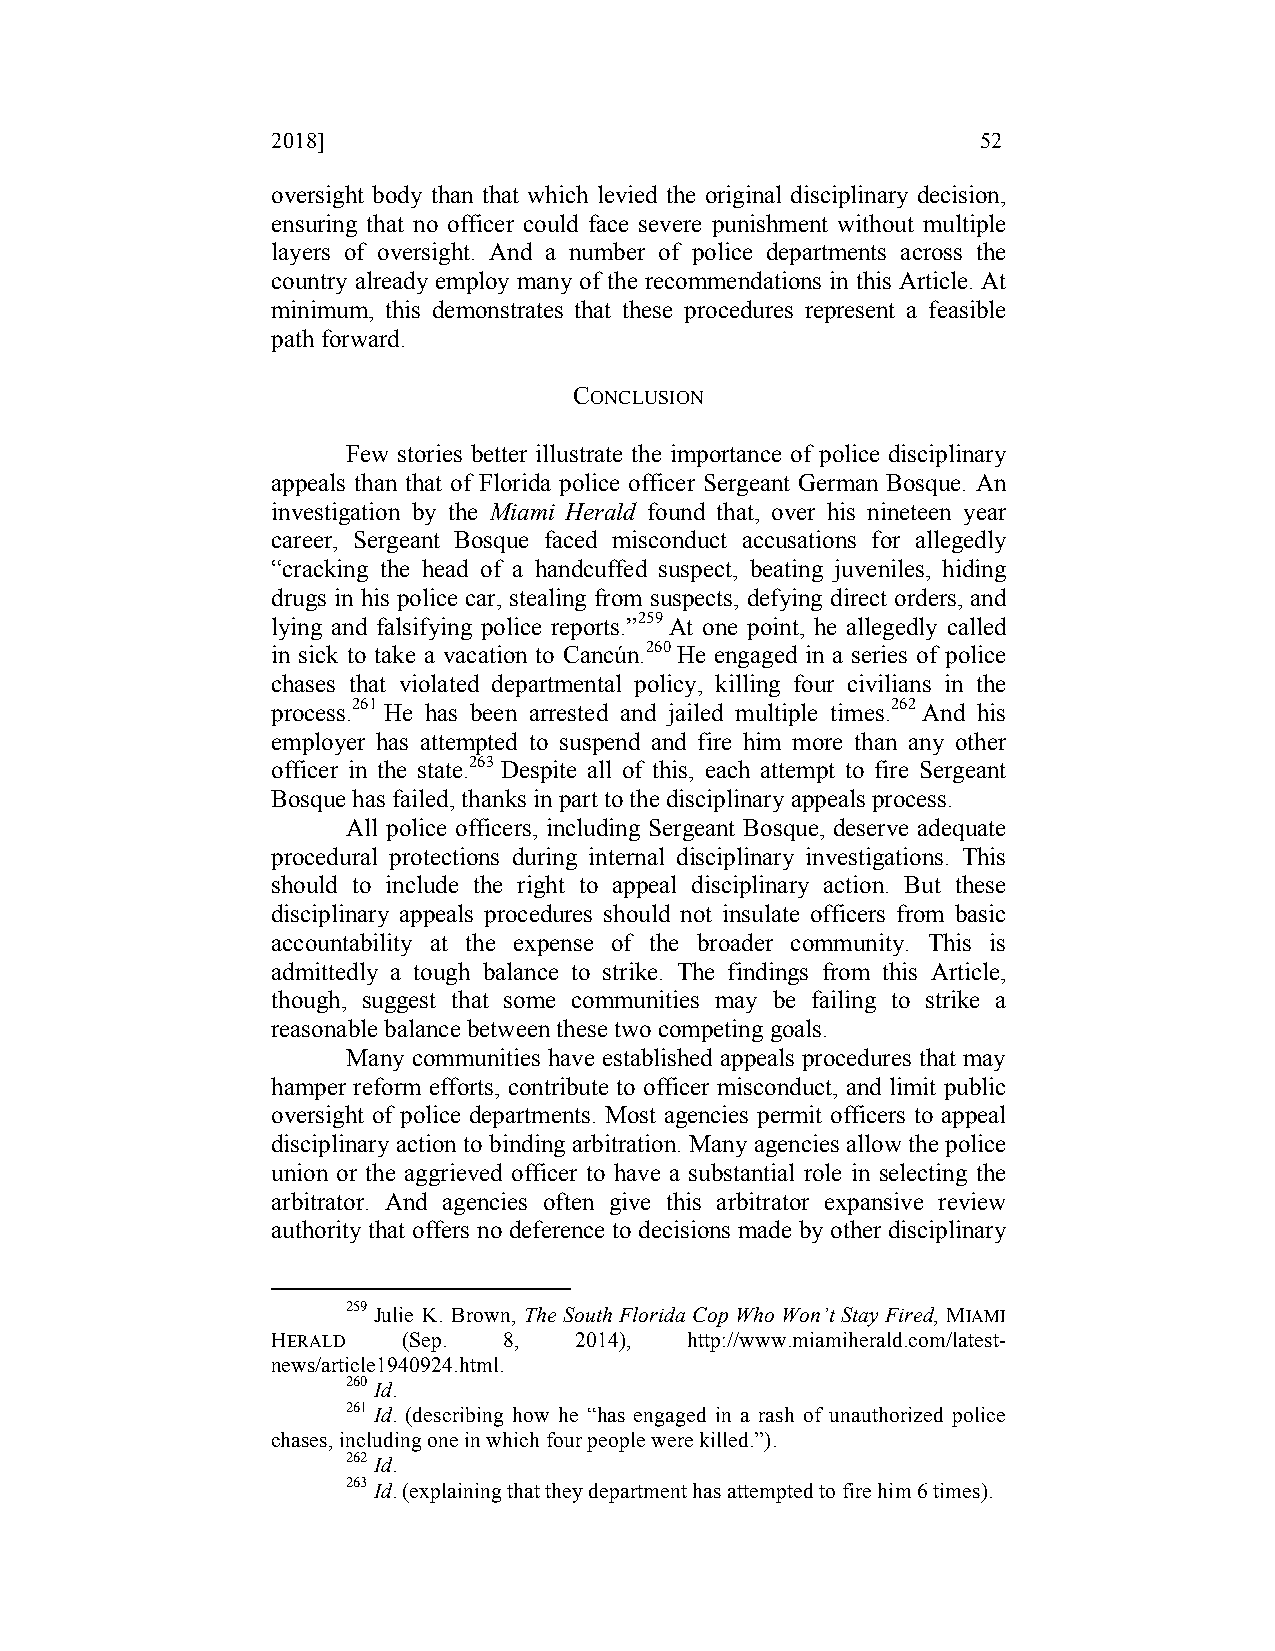
2018]                                          52
 oversight body than that which levied the original disciplinary decision,
 ensuring that no officer could face severe punishment without multiple
 layers of oversight. And a number of police departments across the
 country already employ many of the recommendations in this Article. At
 minimum, this demonstrates that these procedures represent a feasible
 path forward.
 CONCLUSION
 Few stories better illustrate the importance of police disciplinary
 appeals than that of Florida police officer Sergeant German Bosque. An
 investigation by the Miami Herald found that, over his nineteen year
 career, Sergeant Bosque faced misconduct accusations for allegedly
 “cracking the head of a handcuffed suspect, beating juveniles, hiding
 drugs in his police car, stealing from suspects, defying direct orders, and
 lying and falsifying police reports.”259 At one point, he allegedly called
 in sick to take a vacation to Cancún.260 He engaged in a series of police
 chases that violated departmental policy, killing four civilians in the
 process.261 He has been arrested and jailed multiple times.262 And his
 employer has attempted to suspend and fire him more than any other
 officer in the state.263 Despite all of this, each attempt to fire Sergeant
 Bosque has failed, thanks in part to the disciplinary appeals process.
 All police officers, including Sergeant Bosque, deserve adequate
 procedural protections during internal disciplinary investigations. This
 should to include the right to appeal disciplinary action. But these
 disciplinary appeals procedures should not insulate officers from basic
 accountability at the expense of the broader community. This is
 admittedly a tough balance to strike. The findings from this Article,
 though, suggest that some communities may be failing to strike a
 reasonable balance between these two competing goals.
 Many communities have established appeals procedures that may
 hamper reform efforts, contribute to officer misconduct, and limit public
 oversight of police departments. Most agencies permit officers to appeal
 disciplinary action to binding arbitration. Many agencies allow the police
 union or the aggrieved officer to have a substantial role in selecting the
 arbitrator. And agencies often give this arbitrator expansive review
 authority that offers no deference to decisions made by other disciplinary
 259 Julie K. Brown, The South Florida Cop Who Won’t Stay Fired, MIAMI
 HERALD   (Sep. 8,   2014),  http://www.miamiherald.com/latest-
 news/article1940924.html.
 260 Id.
 261 Id. (describing how he “has engaged in a rash of unauthorized police
 chases, including one in which four people were killed.”).
 262 Id.
 263 Id. (explaining that they department has attempted to fire him 6 times).